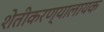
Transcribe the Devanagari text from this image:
शेतीकरण्यालायक